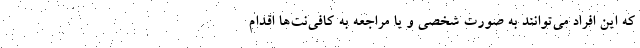
که این افراد می‌توانند به صورت شخصی و یا مراجعه به کافی‌نت‌ها اقدام